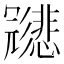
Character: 𱝩